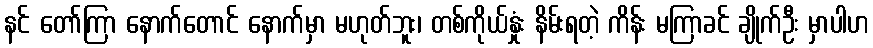
နင် တော်ကြာ နောက်တောင် နောက်မှာ မဟုတ်ဘူး၊ တစ်ကိုယ်နှုံး နိမ်းရတဲ့ ကိန်း မကြာခင် ချိုက်ဦး မှာပါဟ